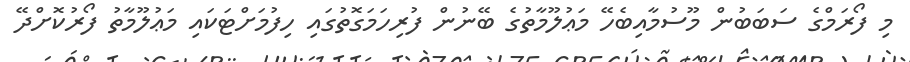
މި ފޯރަމްގެ ސަބަބުން މޫސުމާއިބެހޭ މަޢުލޫމާތުގެ ބޭނުން ފުރިހަމަގޮތުގައި ހިފުމަށްޓަކައި މަޢުލޫމާތު ފޯރުކޮށްދޭ